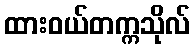
ထားဝယ်တက္ကသိုလ်